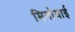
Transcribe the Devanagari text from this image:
मिनोयाई